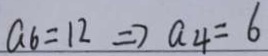
a _ { 6 } = 1 2 \Rightarrow a _ { 4 } = 6